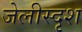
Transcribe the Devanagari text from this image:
जेलीस्दृश